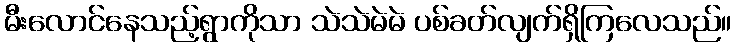
မီးလောင်နေသည့်ရွာကိုသာ သဲသဲမဲမဲ ပစ်ခတ်လျက်ရှိကြလေသည်။